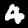
Label: 4